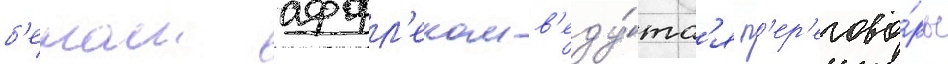
б'еном аффл'еком в'еду́тс'я п'ер'егово́ры